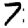
Digit: 7